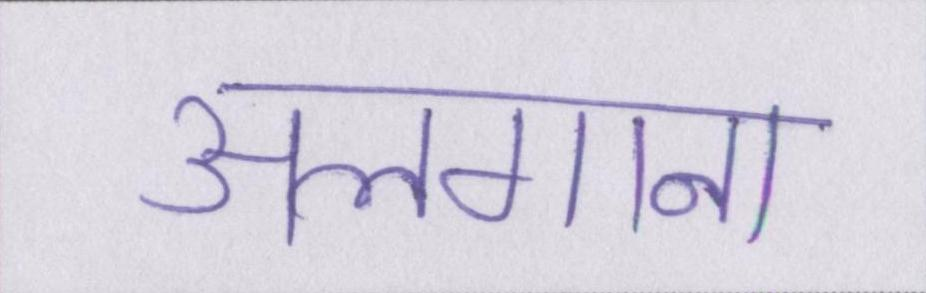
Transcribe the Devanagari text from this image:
अलगाना